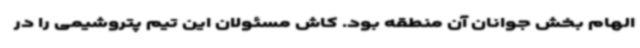
الهام بخش جوانان آن منطقه بود. کاش مسئولان این تیم پتروشیمی را در